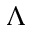
\Lambda